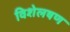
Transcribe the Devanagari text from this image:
विशेलषण